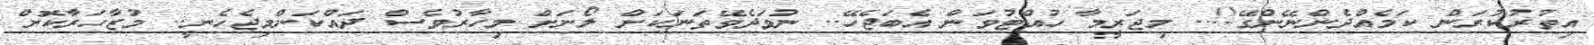
އިތުރުކުރަން ކަމެއްދެންނޭންގޭ!!.. މިޖަރީމާ ހުއްޓުވަން އެބަޖެހޭ.. ނުވަދެވޭތަނަކަށް ލޯނަށް މިހާރުވެސް ދައްކަންމިޖެހެނީ.. މުޒާހަރާކޮށް